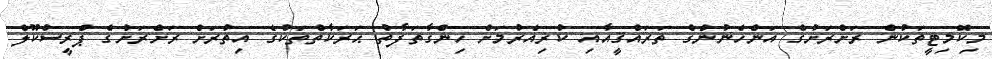
މިކޮމިޓީތަކުން ރަށްރަށުގެ އަންހެނުންގެ ތަރައްޤީއާއި ކުރިއެރުމަށް ހިންގާތަފާތު ޙަރަކާތްތަކުގެ އިތުރަށް ރަށްރަށުގެ ޕްރީސުކޫލް